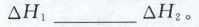
△H_{1}___△H_{2}。